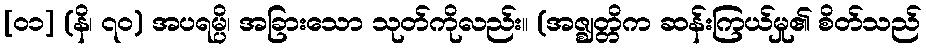
[၀၁] (နိ၊ ၇၀) အပရမ္ပိ၊ အခြားသော သုတ်ကိုလည်း။ (အဇ္ဈတ္တိက ဆန်းကြယ်မှု၏ စိတ်သည်